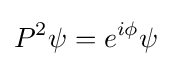
P^{2}\psi =e^{i\phi }\psi